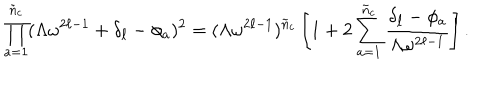
LaTeX: \prod _ { a = 1 } ^ { \tilde { n } _ { c } } ( \Lambda \omega ^ { 2 \ell - 1 } + \delta _ { \ell } - \phi _ { a } ) ^ { 2 } = ( \Lambda \omega ^ { 2 \ell - 1 } ) ^ { \tilde { n } _ { c } } \left[ 1 + 2 \sum _ { a = 1 } ^ { \tilde { n } _ { c } } \frac { \delta _ { \ell } - \phi _ { a } } { \Lambda \omega ^ { 2 \ell - 1 } } \right] .